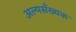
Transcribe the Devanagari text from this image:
अल्पसँख्यक